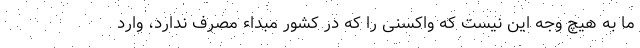
ما به هیچ وجه این نیست که واکسنی را که در کشور مبداء مصرف ندارد، وارد